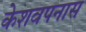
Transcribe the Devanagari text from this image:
केशवपनास